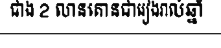
ជាង 2 លានតោនជារៀងរាល់ឆ្នាំ